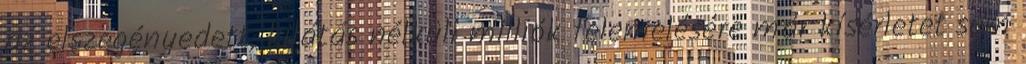
az elszegényedett, kilátás nélküli milliók felemelésére már kísérletet sem